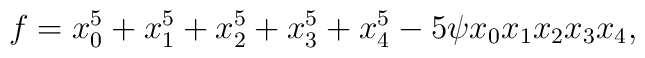
f=x_0^5+x_1^5+x_2^5+x_3^5+x_4^5-5\psi x_0x_1x_2x_3x_4,